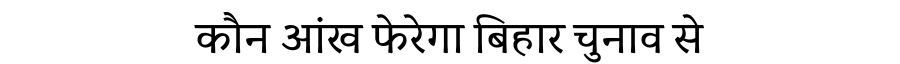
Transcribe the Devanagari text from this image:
कौन आंख फेरेगा बिहार चुनाव से